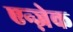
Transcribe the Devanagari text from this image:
एन्ज़ेक